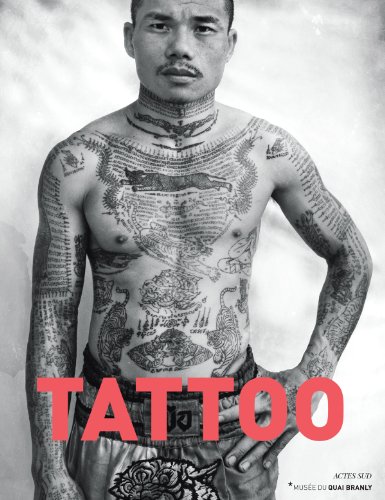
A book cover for Tattoo; Pascal Bagot; Arts & Photography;